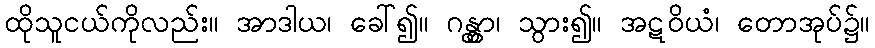
ထိုသူငယ်ကိုလည်း။ အာဒါယ၊ ခေါ်၍။ ဂန္တွာ၊ သွား၍။ အဋဝိယံ၊ တောအုပ်၌။